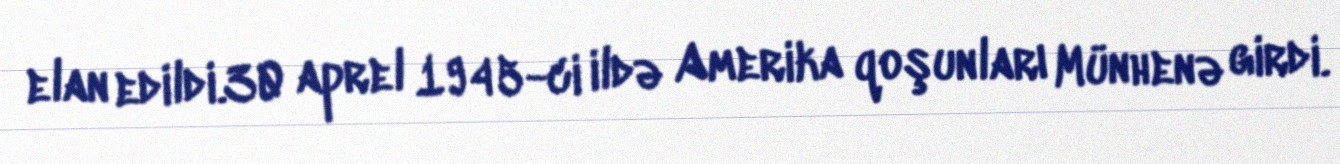
elan edildi.30 aprel 1945-ci ildə Amerika qoşunları Münhenə girdi.